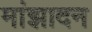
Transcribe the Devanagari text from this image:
मांझादन